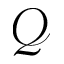
\mathcal { Q }